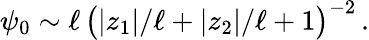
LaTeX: \psi_{0}\sim\ell\, \big(|z_{1}|/\ell+|z_{2}|/\ell+1\big)^{-2}\, .